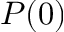
P ( 0 )